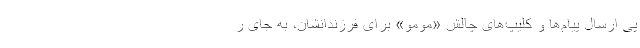
پی ارسال پیام‌ھا و کلیپ‌ھای چالش «مومو» برای فرزندانشان، به جای ر